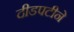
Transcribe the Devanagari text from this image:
दीडपटीने